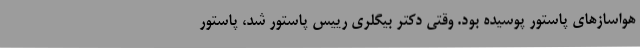
هواسازهای پاستور پوسیده بود. وقتی دکتر بیگلری رییس پاستور شد، پاستور